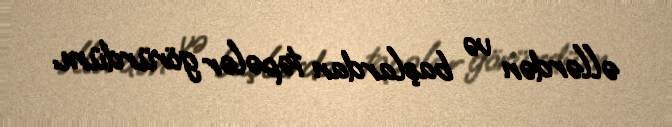
əllərdən və başlardan təpələr görürdüm.